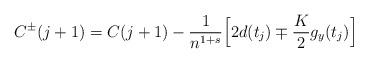
LaTeX: \begin{align*}C^\pm(j+1)=C(j+1)- \frac{1}{n^{1+s}}\Bigl [ 2d(t_j)\mp \frac{K}{2}g_y(t_{j})\Bigr]\end{align*}